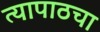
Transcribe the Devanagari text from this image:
त्यापाठचा